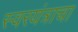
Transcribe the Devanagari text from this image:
स्वरयंत्राचा